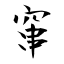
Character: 窜